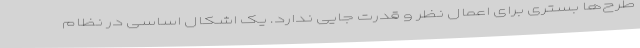
طرح‌ها بستری برای اعمال نظر و قدرت جایی ندارد. یک اشکال اساسی در نظام